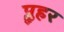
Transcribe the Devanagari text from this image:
प्लुहर